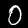
Digit: 0